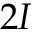
2 I